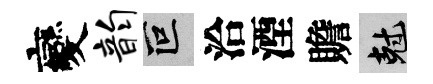
變韵叵洽湮贍剋